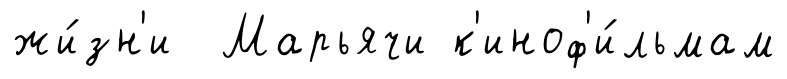
жи́зн'и Марьячи к'иноф'и́льмам